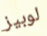
لوبيز